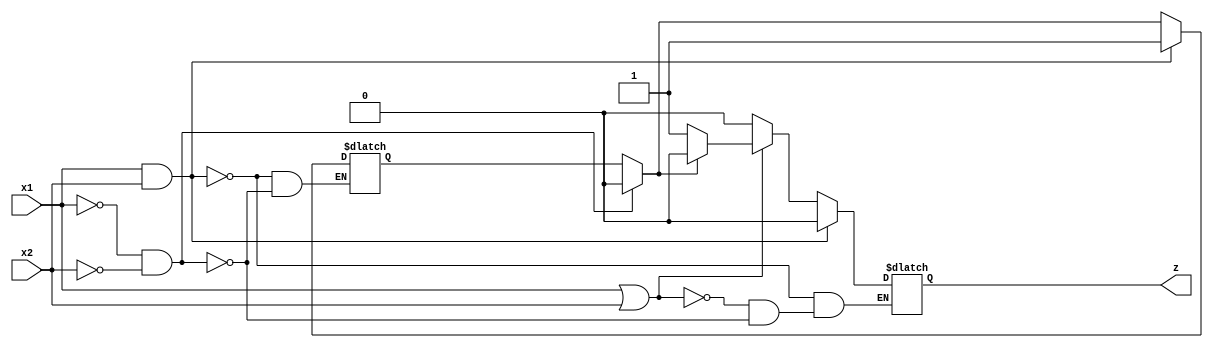
module seq(x1,x2,z);
input x1,x2;
output z;
reg k,z;
always @(x1,x2)
begin
//$display("entered");
if(x1==1'b0 && x2==1'b0)
begin
//$display("first if");
 k=1'b0;
 z=1'b0;
end
if(x1==1'b1 || x2==1'b1)
begin
 if (k!=1'b1)
  z=1'b1;
 else
  z=1'b0;
end
if(x1==1'b1 && x2==1'b1)
begin
 k=1'b1;
 z=1'b0;
end
end
endmodule

module testseq;
reg x1,x2;
wire z;
seq se_q(x1,x2,z);
initial begin
$dumpfile("39.vcd");
$dumpvars(0,testseq);
#5 x1=0;x2=0;
#5 x1=0;x2=1;
#5 x1=1;x2=0;
#5 x1=1;x2=1;
#5 x1=0;x2=1;
#5 x1=0;x2=0;
#5 x1=1;x2=0;
end
initial
$monitor($time," x1=%b,x2=%b,z=%b",x1,x2,z);
endmodule